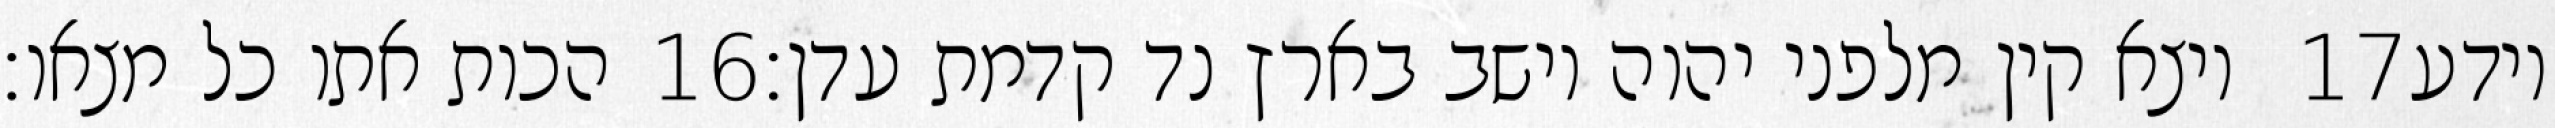
הכות אתו כל מצאו׃ ‎16‏ ויצא קין מלפני יהוה וישב בארץ נד קדמת עדן׃ ‎17‏ וידע